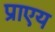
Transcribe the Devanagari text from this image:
प्राएय